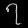
Digit: ၇